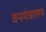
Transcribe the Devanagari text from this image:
वनमंत्रालय